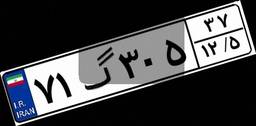
۷۱گ۳۰۵۳۷